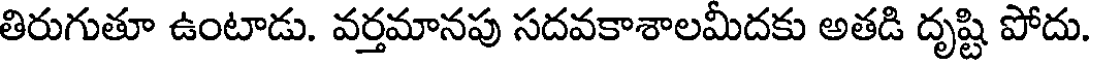
తిరుగుతూ ఉంటాడు. వర్తమానపు సదవకాశాలమీదకు అతడి దృష్టి పోదు.